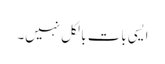
ایسی بات بالکل نہیں۔